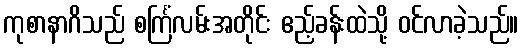
ကုစာနာဂိသည် စင်္ကြံလမ်းအတိုင်း ဧည့်ခန်းထဲသို့ ဝင်လာခဲ့သည်။